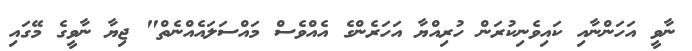
ނާވީ އަހަންނާއި ކައިވެނިކުރަން ހުރިއްޔާ އަހަރެންގެ އެއްވެސް މައްސަލައެއްނެތް" ޖިޔާ ނާވީގެ މޭގައި